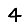
Digit: 4